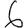
Digit: 6